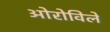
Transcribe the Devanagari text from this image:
ओरोविले